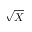
\sqrt { X }